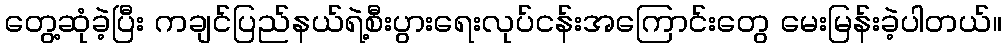
တွေ့ဆုံခဲ့ပြီး ကချင်ပြည်နယ်ရဲ့စီးပွားရေးလုပ်ငန်းအကြောင်းတွေ မေးမြန်းခဲ့ပါတယ်။